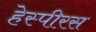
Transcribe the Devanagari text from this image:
हेस्पीरस